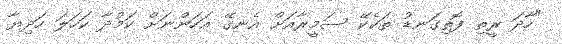
"ހާދަ ރީތި ފޮތިގަނޑު ތަކެކޭ ސަމީރާއަށް އެނގޭ އަހަންނަށް ކަމުދާ ކަހަލަ ހަދިޔާ